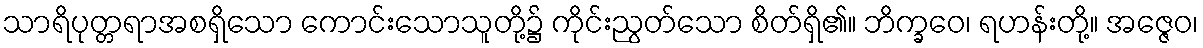
သာရိပုတ္တရာအစရှိသော ကောင်းသောသူတို့၌ ကိုင်းညွတ်သော စိတ်ရှိ၏။ ဘိက္ခဝေ၊ ရဟန်းတို့။ အဇ္ဇေဝ၊